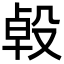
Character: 𣪙